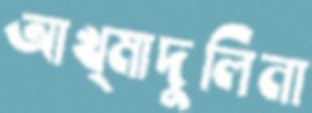
আখ্মাদুলিনা